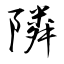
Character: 隣